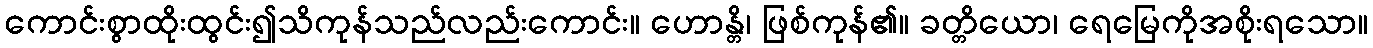
ကောင်းစွာထိုးထွင်း၍သိကုန်သည်လည်းကောင်း။ ဟောန္တိ၊ ဖြစ်ကုန်၏။ ခတ္တိယော၊ ရေမြေကိုအစိုးရသော။